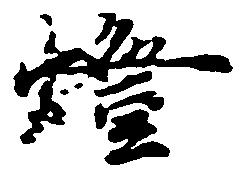
燈